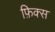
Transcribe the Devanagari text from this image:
फ़िक्स